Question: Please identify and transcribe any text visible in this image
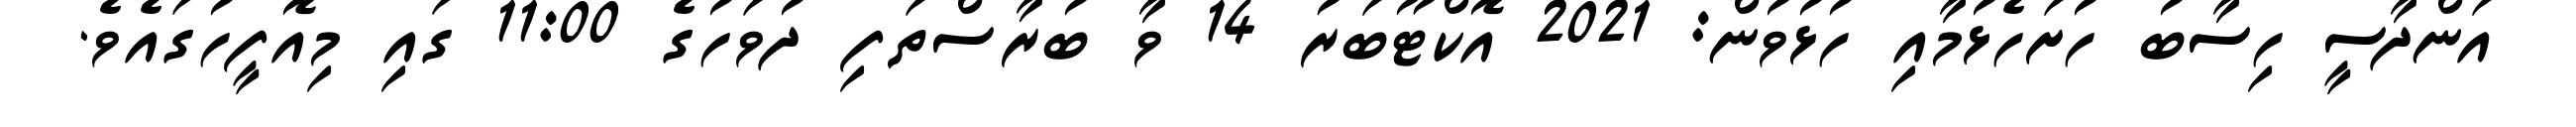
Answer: އަންދާސީ ހިސާބު ހުށަހެޅުމާއި ހުޅުވުން: 2021 އޮކްޓޫބަރު 14 ވާ ބުރާސްތަފި ދުވަހުގެ 11:00 ގައި މިއޮފީހުގައެވެ.